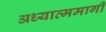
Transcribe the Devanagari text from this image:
अध्यात्ममार्गी